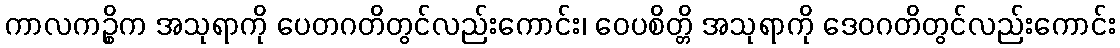
ကာလကဉ္စိက အသုရာကို ပေတဂတိတွင်လည်းကောင်း၊ ဝေပစိတ္တိ အသုရာကို ဒေဝဂတိတွင်လည်းကောင်း